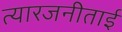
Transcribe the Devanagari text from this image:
त्यारजनीताई